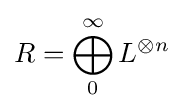
R=\bigoplus _{0}^{\infty }L^{\otimes n}